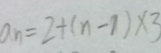
a _ { n } = 2 + ( n - 1 ) \times 3